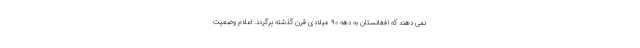
نمی دهند که افغانستان به دهه ۹۰ میلادی قرن گذشته برگردد. اعلام وضعیت